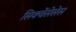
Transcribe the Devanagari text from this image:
सिक्वेंसेसेस